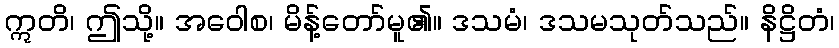
ဣတိ၊ ဤသို့။ အဝေါစ၊ မိန့်တော်မူ၏။ ဒသမံ၊ ဒသမသုတ်သည်။ နိဋ္ဌိတံ၊